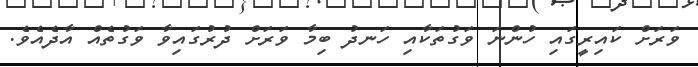
ވަރަށް ކައިރީގައި ހުންނަ ވަގުތަކާއި ހަނދު ބިމާ ވަރަށް ދުރުގައިވާ ވަގުތެއް އާދެއެވެ.